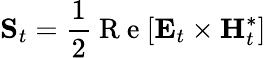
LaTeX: \mathbf{S}_{t}=\frac{1}{2}\mathrm{~R~e~}[\mathbf{E}_{t}\times\mathbf{H}_{t}^{*}]